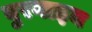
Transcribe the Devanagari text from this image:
वुरगाइन